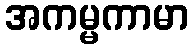
အကမ္မကာမာ